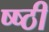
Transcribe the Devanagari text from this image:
ष्ष्ठी